Report on vaccination North-West Frontier Province 1904-1922 - 1904-1922
Year: 1904
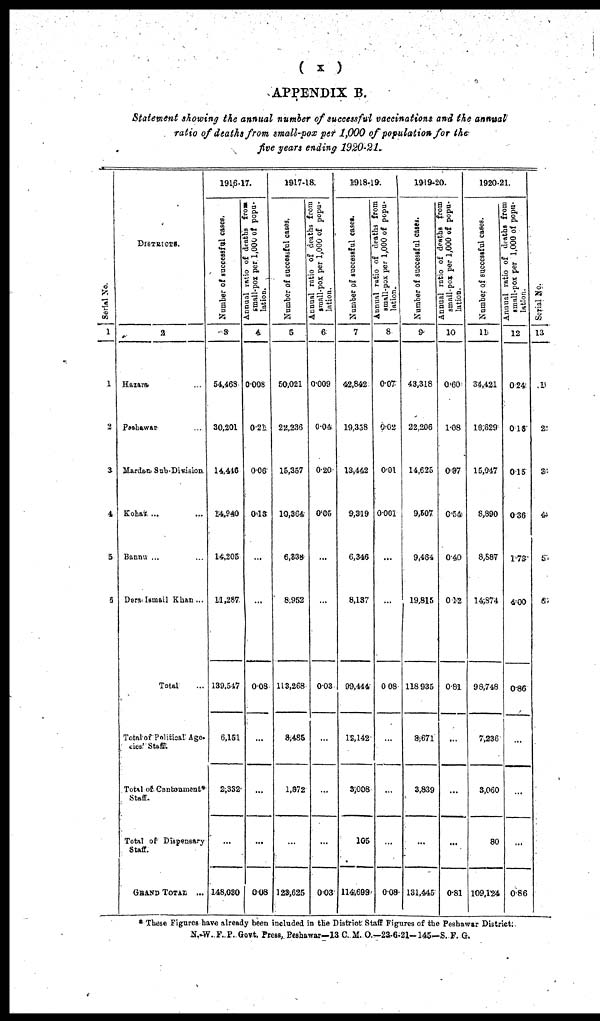
( x )
APPENDIX B.
Statement showing the annual number of successful vaccinations and the annual
ratio of deaths from small-pox per 1,000 of population for the
five years ending 1920-21.
Serial No.
1
1
2
3
4
5
6
DISTRICTS.
2
Hazara ...
Peshawar ...
Mardan Sub-Division
Kohat ... ...
Bannu ... ...
Dera Ismail Khan ...
Total ...
Total of Political Age¬
ncies' Staff.
Total of Cantonment*
Staff.
Total of Dispensary
Staff.
GRAND TOTAL ...
1916-17.
Number of successful cases.
3
54,468
30,201
14,446
14,940
14,205
11,287
139,547
6,151
2,332
...
148,030
Annual ratio
of deaths from
small-pox per 1,000 of popu-
lation.
4
0.008
0.21
0.06
0.13
...
...
0.08
...
...
...
0.08
1917-18.
Number of successful cases.
5
50,021
22,236
15,357
10,364
6,338
8,952
113,268
8,485
1,872
...
123,625
Annual
ratio of deaths from
small-pox
per 1,000 of popu-
lation.
6
0.009
0.04
0.20
0.05
...
...
0.03
...
...
...
0.03
1918-19.
Number of successful cases.
7
42,842
19,358
13,442
9,319
6,346
8,137
99,444
12,142
3,008
105
114,699
Annual ratio of deaths from
small-pox per 1,000 of popu¬
lation.
8
0.07
0.02
0.01
0.001
...
...
0.08
...
...
...
0.08
1919-20.
Number of successful cases.
9
43,318
22,206
14,625
9,507
9,464
19,815
118,935
8,671
3,839
...
131,445
Annual ratio of deaths from
small-pox
per 1,000 of popu-
lation.
10
0.60
1.08
0.87
0.54
0.40
0.12
0.81
...
...
...
0.81
1920-21.
Number of successful cases.
11
34,421
16,629
15,047
8,890
8,887
14,874
98,748
7,236
3,060
80
109,124
Annual
ratio of deaths from
small-pox per 1,000 of popu-
lation.
12
0.24
0.16
0.15
0.36
1.73
4.00
0.86
...
...
...
0.86
Serial No.
13
1
2
3
4
5
6
* These Figures have already been included in the District Staff Figures of the Peshawar District.
N.-W.F.P. Govt. Press, Peshawar—13 C. M. O.—23-6-21—145—S. F. G.